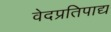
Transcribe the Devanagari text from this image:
वेदप्रतिपाद्य